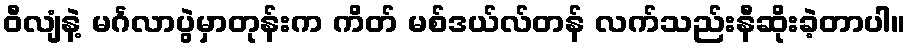
ဝီလျံနဲ့ မင်္ဂလာပွဲမှာတုန်းက ကိတ် မစ်ဒယ်လ်တန် လက်သည်းနီဆိုးခဲ့တာပါ။